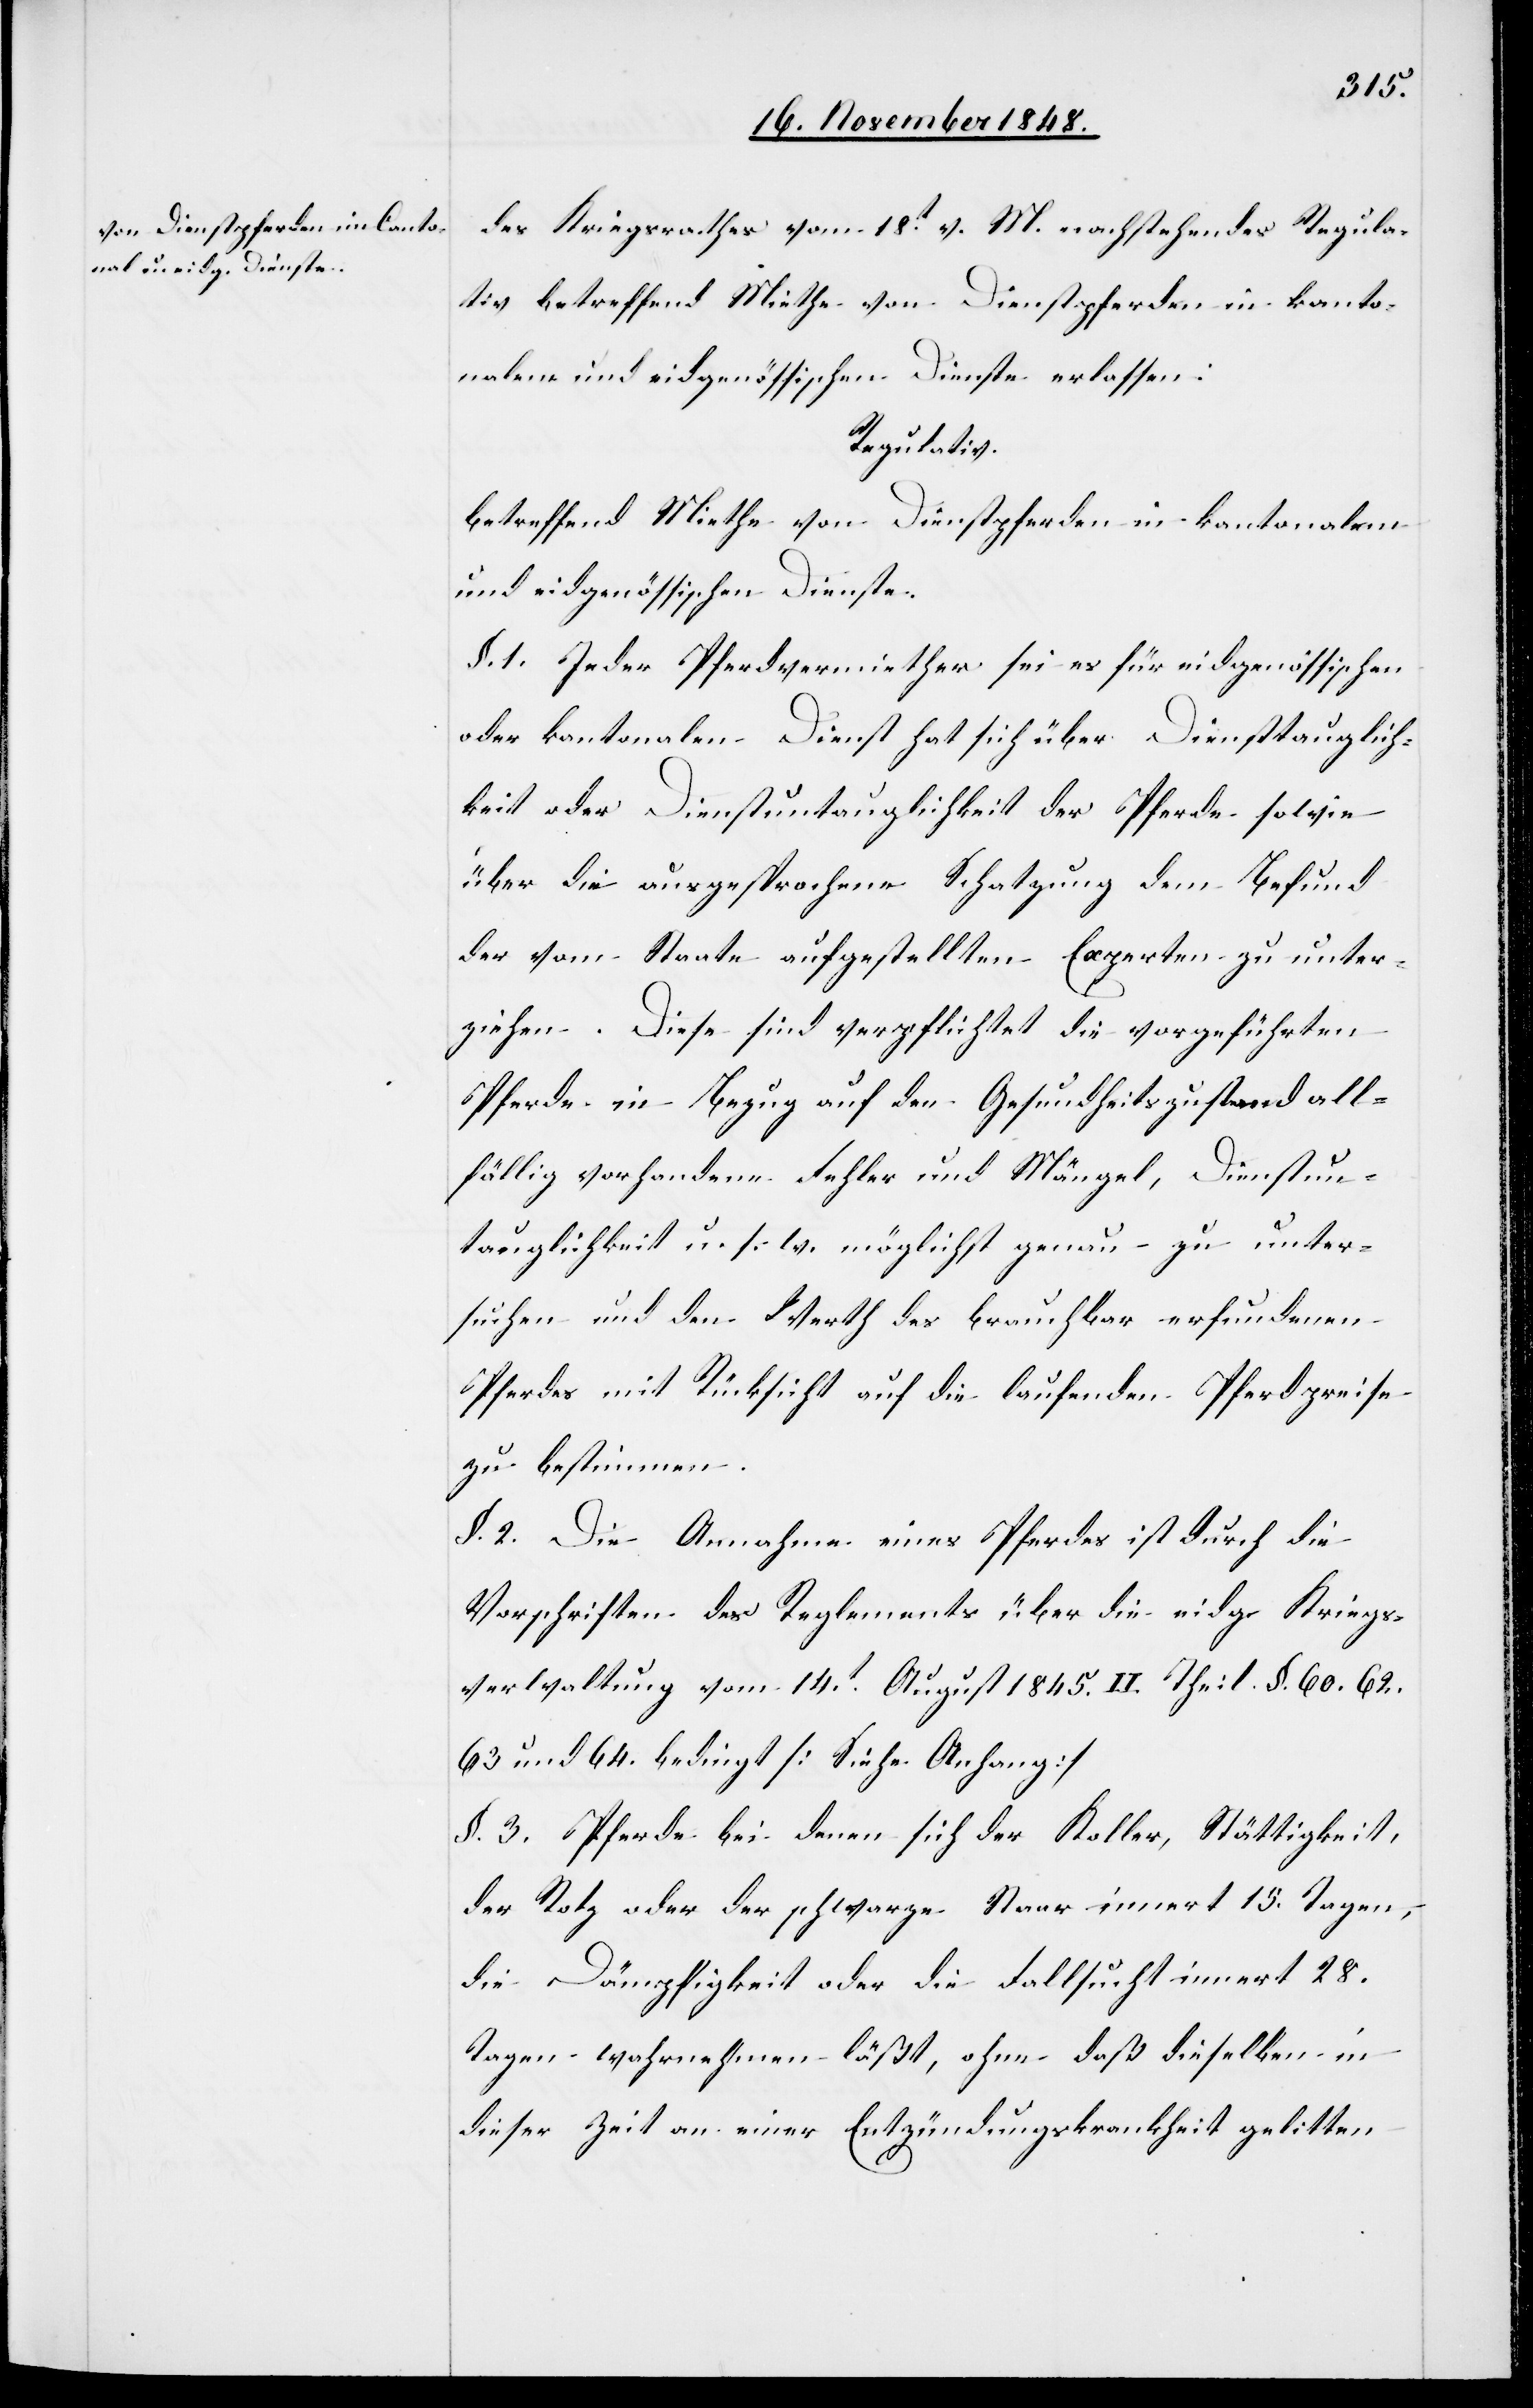
des Kriegsrathes vom 18t v. M. nachstehendes Regula¬
tiv betreffend Miethe von Dienstpferden in kanto¬
nalem und eidgenössischen Dienste erlassen:
Regulativ.
betreffend Miethe von Dienstpferden in kantonalem
und eidgenössischen Dienste.
§. 1. Jeder Pferdevermiether sei es für eidgenössischen
oder kantonalen Dienst hat sich über Diensttauglich¬
keit oder Dienstuntauglichkeit der Pferde sowie
über die ausgesprochene Schatzung dem Befund
der vom Staate ausgestellten Experten zu unter¬
ziehen. Diese sind verpflichtet die vorgeführten
Pferde in Bezug auf den Gesundheitszustand all¬
fällig vorhandene Fehler und Mängel, Dienstun¬
tauglichkeit u. s. w. möglichst genau zu unter¬
suchen und den Werth des brauchbar erfundenen
Pferdes mit Rücksicht auf die laufenden Pferdpreise
zu bestimmen.
§. 2. Die Annahme eines Pferdes ist durch die
Vorschriften des Reglements über die eidg. Kriegs¬
verwaltung vom 14t August 1845. II. Teil §. 60. 62.
63 und 64. bedingt [Siehe Anhang]
§. 3. Pferde bei denen sich der Keller, Stättigkeit,
der Rotz oder der schwarze Staar innert 15. Tagen,
die Dämpfigkeit oder die Fallsucht innert 28.
Tagen wahrnehmen läßt, ohne daß dieselben in
dieser Zeit an einer Entzündungskrankheit gelitten